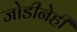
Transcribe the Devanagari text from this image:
जोडीनेही